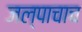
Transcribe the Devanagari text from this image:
जल्पाचाच